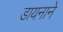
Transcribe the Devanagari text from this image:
डायनाने